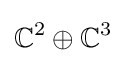
\mathbb {C} ^{2}\oplus \mathbb {C} ^{3}